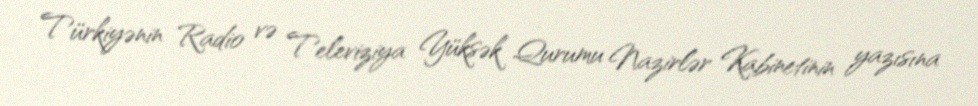
Türkiyənin Radio və Televiziya Yüksək Qurumu Nazirlər Kabinetinin yazısına